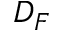
D _ { F }